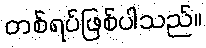
တစ်ရပ်ဖြစ်ပါသည်။